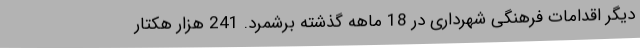
دیگر اقدامات فرهنگی شهرداری در 18 ماهه گذشته برشمرد. 241 هزار هکتار